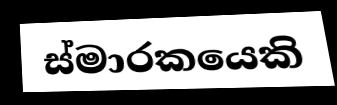
ස්මාරකයෙකි